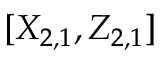
[ X _ { 2 , 1 } , Z _ { 2 , 1 } ]